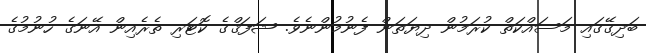
ބަދިގޭގައި މަސައްކަތް ކުރަމުން ދިޔަތަން ފެނުމުންނެވެ. ޝަފަޤްގެ ކޮޓަރި ތެރެއިން އޭނަގެ ހުނުމުގެ